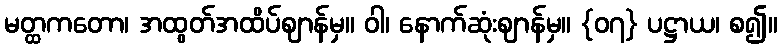
မတ္ထကတော၊ အထွတ်အထိပ်ဈာန်မှ။ ဝါ၊ နောက်ဆုံးဈာန်မှ။ {၀၇} ပဋ္ဌာယ၊ စ၍။